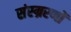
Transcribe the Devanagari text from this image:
संस्म्ररणों